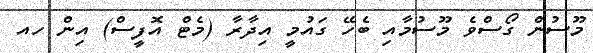
މޫސުން ގޯސްވެ މޫސުމާއި ބެހޭ ގައުމީ އިދާރާ (މެޓް އޮފީސް) އިން ހއ